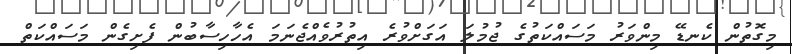
މިގޮތުން ކެނޑޭ މިންވަރު މަސައްކަތުގެ ޖުމުލަ އަގަށްވުރެ އިތުރުވެއްޖެނަމަ އެހާހިސާބުން ފެށިގެން މަސައްކަތް